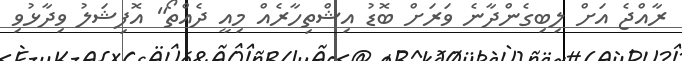
ރާއްޖެ އަށް ލިބިގެންދާނެ ވަރަށް ބޮޑު އިޝްތިހާރެއް މިއީ ދެއްތޯ" އޮފިޝަލު ވިދާޅުވި